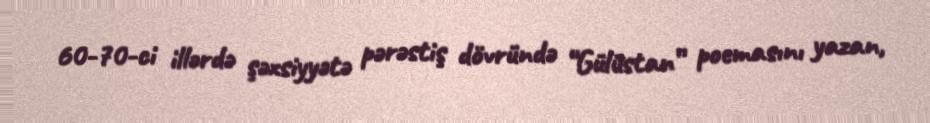
60-70-ci illərdə şəxsiyyətə pərəstiş dövründə “Gülüstan” poemasını yazan,